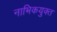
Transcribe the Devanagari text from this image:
नाभिकयुक्त